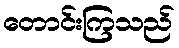
တောင်းကြသည်